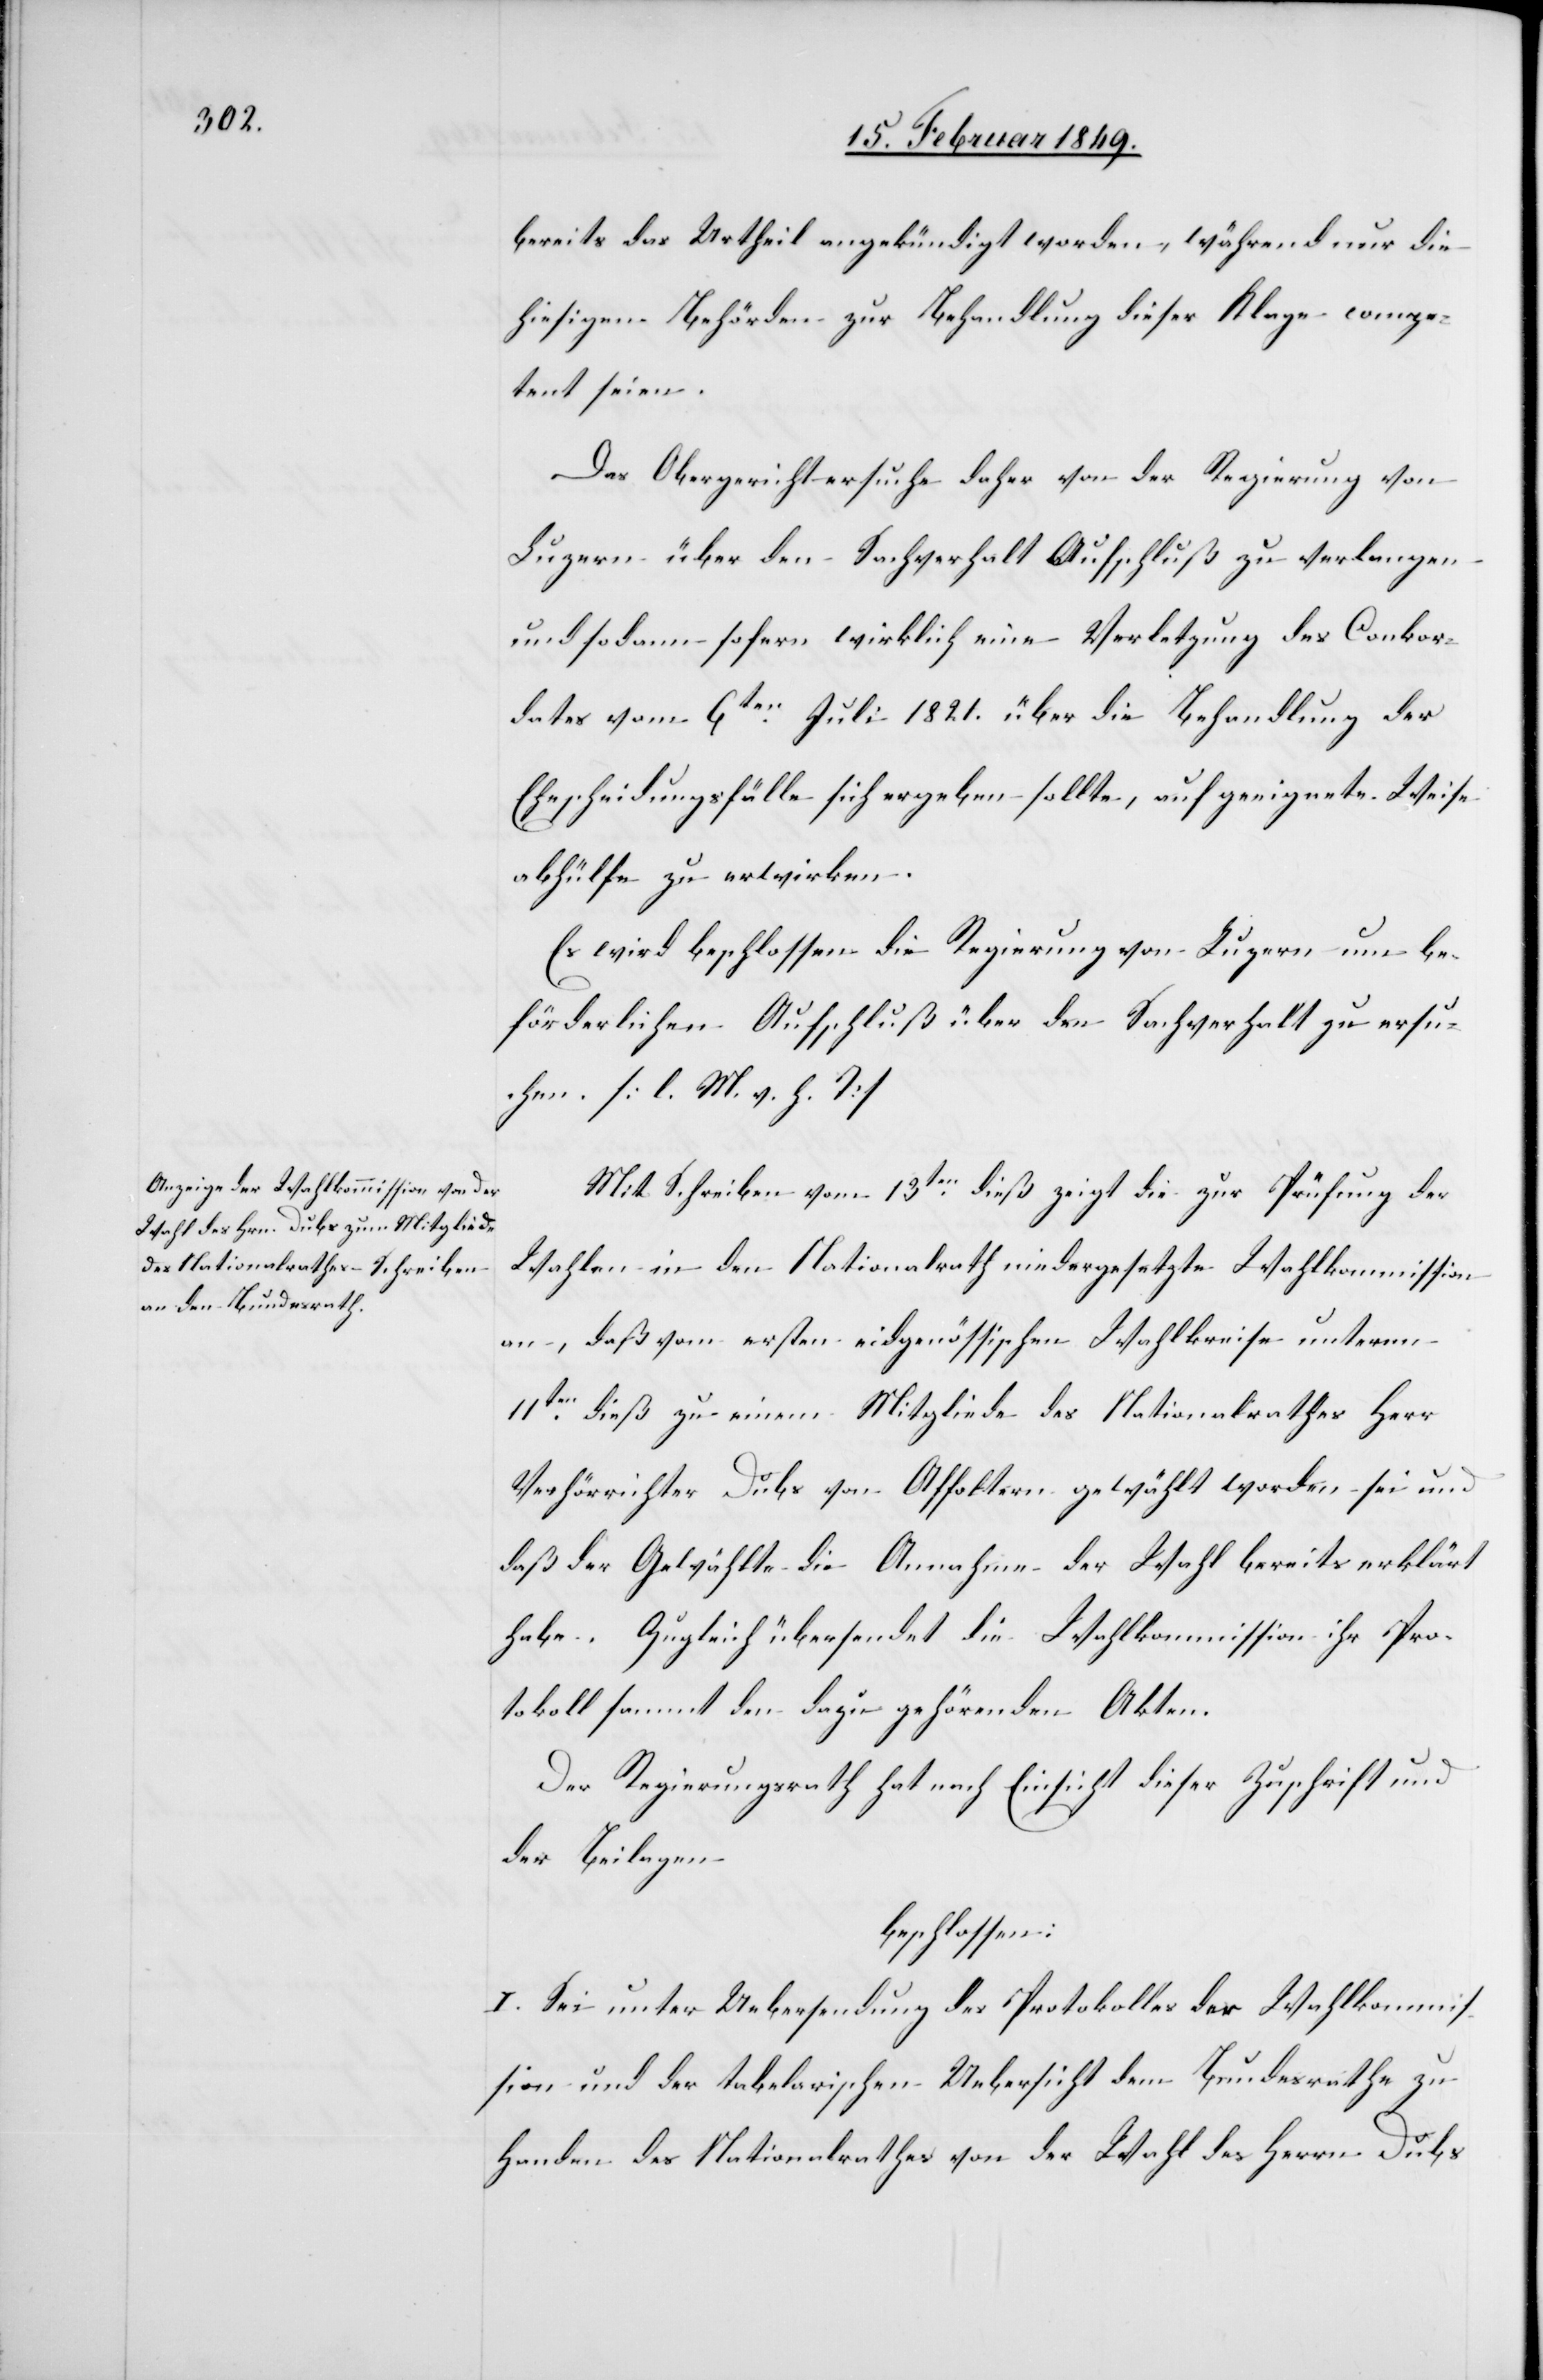
bereits das Urtheil angekündigt worden, während nur die
hiesigen Behörden zur Behandlung dieser Klage compe¬
tent seien.
Das Obergericht ersuche daher von der Regierung von
Luzern über den Sachverhalt Aufschluß zu verlangen
und sodann sofern wirklich eine Verletzung des Conkor¬
dates vom 6ten. Juli 1821. über die Behandlung der
Ehescheidungsfälle sich ergeben sollte, auf geeignete Weise
abhülfe zu erwirken.
Es wird beschlossen die Regierung von Luzern um be¬
förderlichen Aufschluß über den Sachverhalt zu ersu¬
chen. [l. M. v. h. T]
Mit Schreiben vom 13ten. dieß zeigt die zur Prüfung der
Wahlen in den Nationalrath niedergesetzte Wahlkommission
an, daß vom ersten eidgenössischen Wahlkreise unterm
11ten. dieß zu einem Mitgliede des Nationalrathes Herr
Verhörrichter Dubs von Affoltern gewählt worden sei und
daß der Gewählte die Annahme der Wahl bereits erklärt
habe. Zugleich übersendet die Wahlkommission ihr Pro¬
tokoll sammt den dazu gehörenden Akten.
Der Regierungsrath hat nach Einsicht dieser Zuschrift und
der Beilagen
beschlossen:
I. Sei unter Uebersendung des Protokolles der Wahlkommi¬
ssion und der tabelarischen Uebersicht dem Bundesrathe zu
Handen des Nationalrathes von der Wahl des Herrn Dubs